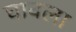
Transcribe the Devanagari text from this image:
घावला